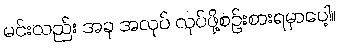
မင်းလည်း အခု အလုပ် လုပ်ဖို့စဉ်းစားရမှာပေါ့။